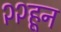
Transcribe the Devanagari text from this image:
२२हून